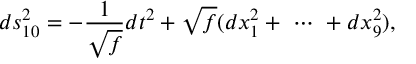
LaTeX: d s _ { 1 0 } ^ { 2 } = - \frac { 1 } { \sqrt { f } } d t ^ { 2 } + \sqrt { f } ( d x _ { 1 } ^ { 2 } + \ \cdots \ + d x _ { 9 } ^ { 2 } ) ,